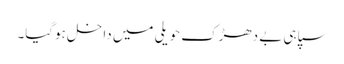
سپاہی بے دھڑک حویلی میں داخل ہوگیا۔